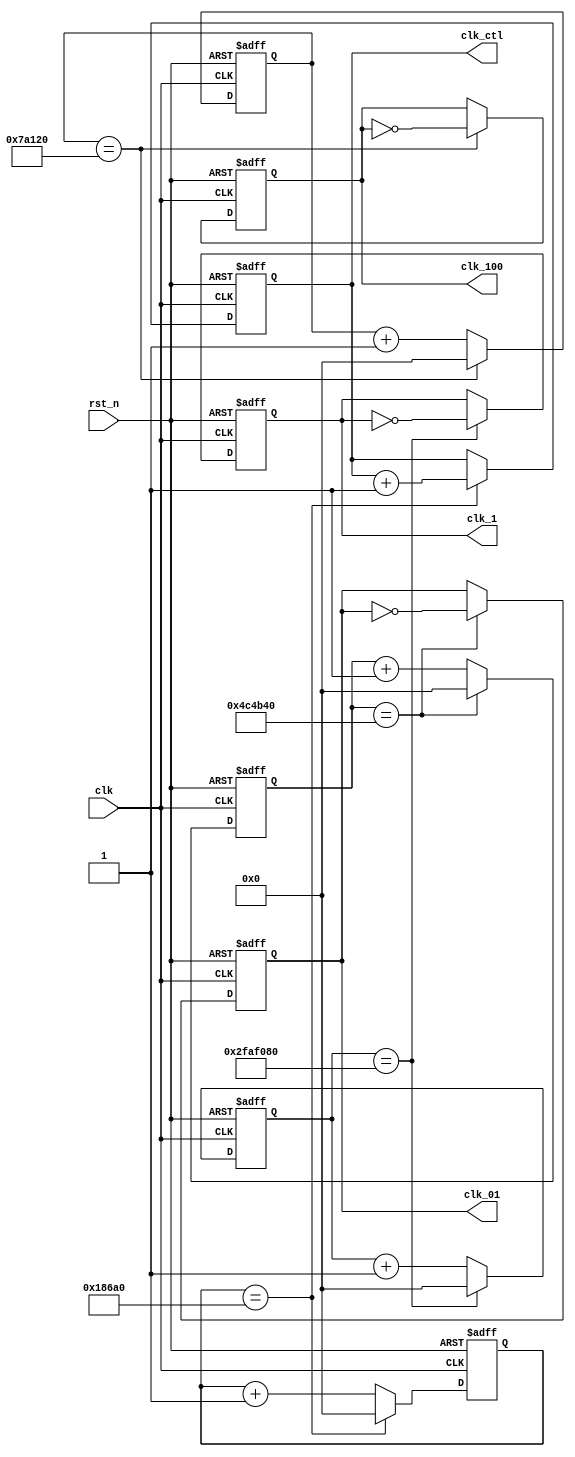
module clock_generator(
    clk,    //clock from crystal
    rst_n,  //active low reset
    clk_1,  //generated 1Hz clock
    clk_01,
    clk_100, //generated 100Hz clock
    clk_ctl //scan control
);
output clk_1;
output clk_01;
output clk_100;
output [1:0] clk_ctl;
input clk;
input rst_n;
reg clk_1;
reg clk_100;
reg clk_01;
reg [1:0] clk_ctl;

reg [26:0] count_50M, count_50M_next;
reg [26:0] count_5M, count_5M_next;
reg [26:0] count_500k, count_500k_next;
reg [26:0] count_100k, count_100k_next;

reg clk_1_next;
reg clk_100_next;
reg clk_01_next;
reg [1:0] clk_ctl_next;

//generate clock_ctl
always @*
    if (count_100k == 27'd100000)   //for display
    begin
        count_100k_next = 27'd0;
        clk_ctl_next = clk_ctl + 2'b1;
    end
    else
    begin
        count_100k_next = count_100k + 1'b1;
        clk_ctl_next = clk_ctl;
    end

always @(posedge clk or negedge rst_n)
    if (~rst_n)
    begin
        count_100k <= 27'd0;
        clk_ctl <= 2'b0;
    end
    else
    begin
        count_100k <= count_100k_next;
        clk_ctl <= clk_ctl_next;
    end

//generator clk_1 
always @*
    if (count_50M == 27'd50000000)
    begin
        count_50M_next = 27'd0;
        clk_1_next = ~clk_1;
    end
    else
    begin
        count_50M_next = count_50M + 1'b1;
        clk_1_next = clk_1;
    end

always @(posedge clk or negedge rst_n)
    if (~rst_n)
    begin
        count_50M <= 27'd0;
        clk_1 <= 1'b0;
    end
    else
    begin
        count_50M <= count_50M_next;
        clk_1 <= clk_1_next;
    end

//generator clk_01
always @*
    if (count_5M == 27'd5000000)
    begin
        count_5M_next = 27'd0;
        clk_01_next = ~clk_01;
    end
    else
    begin
        count_5M_next = count_5M + 1'b1;
        clk_01_next = clk_01;
    end

always @(posedge clk or negedge rst_n)
    if (~rst_n)
    begin
        count_5M <= 27'd0;
        clk_01 <= 1'b0;
    end
    else
    begin
        count_5M <= count_5M_next;
        clk_01 <= clk_01_next;
    end

//generator clk_100
always @*
    if (count_500k == 27'd500000)
    begin
        count_500k_next = 27'd0;
        clk_100_next = ~clk_100;
    end
    else
    begin
        count_500k_next = count_500k + 1'b1;
        clk_100_next = clk_100;
    end

always @(posedge clk or negedge rst_n)
    if (~rst_n)
    begin
        count_500k <= 27'd0;
        clk_100 <= 1'b0;
    end
    else
    begin
        count_500k <= count_500k_next;
        clk_100 <= clk_100_next;
    end
    
endmodule